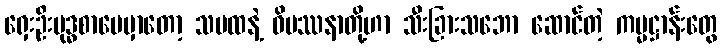
ရှေးဦးဗုဒ္ဓစာပေမှာတော့ သမထနဲ့ ဝိပဿနာတို့ဟာ သီးခြားသဘော ဆောင်တဲ့ ကမ္မဋ္ဌာန်းတွေ